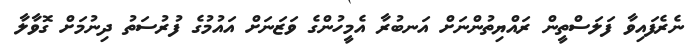
ނެރެފައިވާ ފަލަސްތީން ރައްޔިތުންނަށް އަނބުރާ އެމީހުންގެ ވަޒަނަށް އައުމުގެ ފުރުސަތު ދިނުމަށް ގޮވާލާ